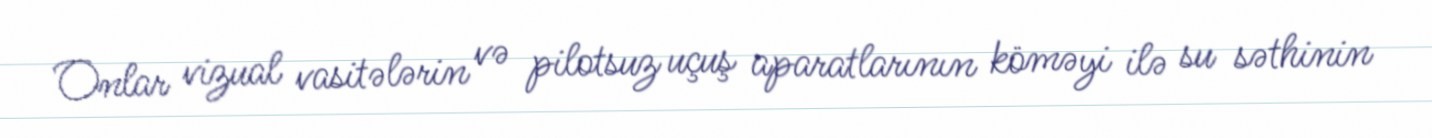
Onlar vizual vasitələrin və pilotsuz uçuş aparatlarının köməyi ilə su səthinin